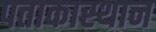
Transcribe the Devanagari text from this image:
पताकास्थान